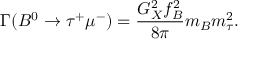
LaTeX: \Gamma ( B ^ { 0 } \rightarrow \tau ^ { + } \mu ^ { - } ) = { \frac { G _ { X } ^ { 2 } f _ { B } ^ { 2 } } { 8 \pi } } m _ { B } m _ { \tau } ^ { 2 } .